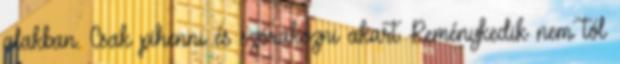
alakban. Csak pihenni és szórakozni akart. Reménykedik nem tól